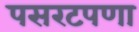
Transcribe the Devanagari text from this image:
पसरटपणा